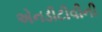
એનડીટીવીની